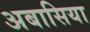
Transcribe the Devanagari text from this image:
अबासिया